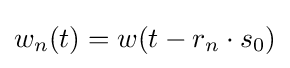
w_{n}(t)=w(t-r_{n}\cdot s_{0})